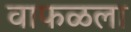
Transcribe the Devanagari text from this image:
वाफळला